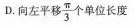
D. 向左平移\frac{π}{3}个单位长度